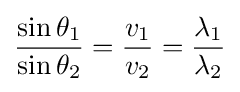
{\frac {\sin \theta _{1}}{\sin \theta _{2}}}={\frac {v_{1}}{v_{2}}}={\frac {\lambda _{1}}{\lambda _{2}}}